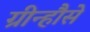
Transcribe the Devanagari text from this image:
ग्रीन्हौसे